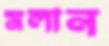
মলান